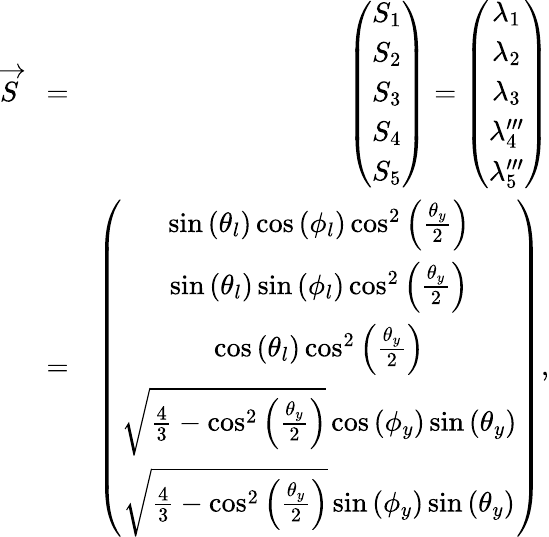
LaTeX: \begin{array}{rlr}{\overrightarrow{S}}&{=}&{\left(\begin{array}{c}{S_{1}}\\ {S_{2}}\\ {S_{3}}\\ {S_{4}}\\ {S_{5}}\end{array}\right)=\left(\begin{array}{c}{\lambda_{1}}\\ {\lambda_{2}}\\ {\lambda_{3}}\\ {\lambda_{4}^{\prime\prime\prime}}\\ {\lambda_{5}^{\prime\prime\prime}}\end{array}\right)}\\ &{=}&{\left(\begin{array}{c}{\sin\left(\theta_{l}\right)\cos\left(\phi_{l}\right)\cos^{2}\left(\frac{\theta_{y}}{2}\right)}\\ {\sin\left(\theta_{l}\right)\sin\left(\phi_{l}\right)\cos^{2}\left(\frac{\theta_{y}}{2}\right)}\\ {\cos\left(\theta_{l}\right)\cos^{2}\left(\frac{\theta_{y}}{2}\right)}\\ {\sqrt{\frac{4}{3}-\cos^{2}\left(\frac{\theta_{y}}{2}\right)}\cos\left(\phi_{y}\right)\sin\left(\theta_{y}\right)}\\ {\sqrt{\frac{4}{3}-\cos^{2}\left(\frac{\theta_{y}}{2}\right)}\sin\left(\phi_{y}\right)\sin\left(\theta_{y}\right)}\end{array}\right),}\end{array}